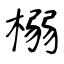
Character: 榒